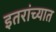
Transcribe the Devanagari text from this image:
इतरांच्यात